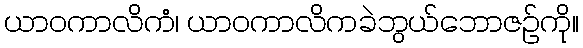
ယာဝကာလိကံ၊ ယာဝကာလိကခဲဘွယ်ဘောဇဉ်ကို။